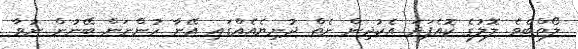
ލޯތްބެވެ. ލޮލުގެ ކޮއެފަދަ އެކުދިން ނެތް ދުނިޔެއެއްގައި އޭނާ ހުންނަން ބޭނުން ނުވާ